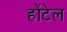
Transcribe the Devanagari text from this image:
होंटेल